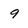
Character: 9